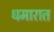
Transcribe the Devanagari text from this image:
धमारात